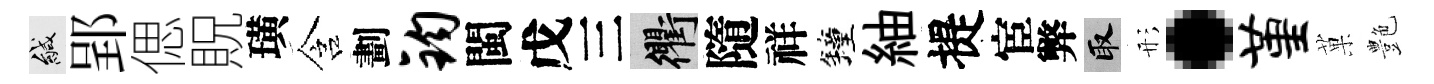
緘郢偲貺璜含劃钧閩戊三衢隨祥鐘紬提宦弊取形·堇菓艶